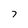
Character: 7